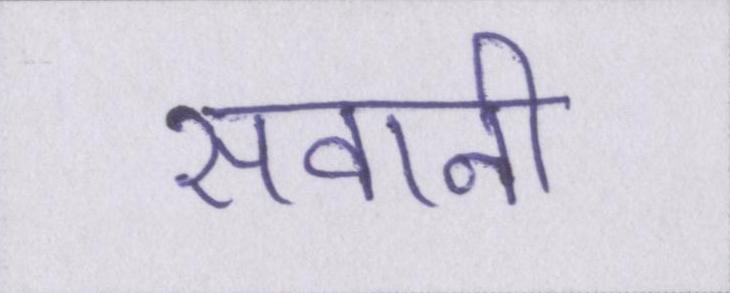
सवानी